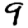
Digit: 9